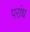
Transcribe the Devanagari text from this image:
परांध